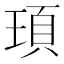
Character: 頊